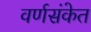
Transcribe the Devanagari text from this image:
वर्णसंकेत